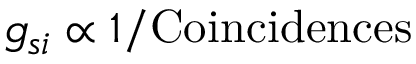
g _ { s i } \propto 1 / \mathrm { C o i n c i d e n c e s }